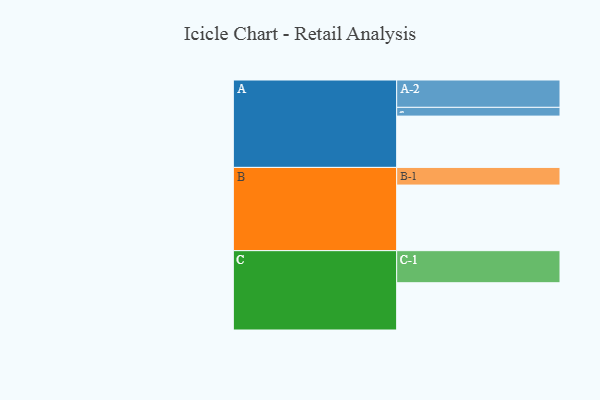
{"axis": {"x": "Segment", "y": "Value"}, "legend": ["", "A", "B", "C"], "data": [{"x": "A", "y": 381, "type": ""}, {"x": "B", "y": 487, "type": ""}, {"x": "C", "y": 351, "type": ""}, {"x": "A-1", "y": 65, "type": "A"}, {"x": "A-2", "y": 203, "type": "A"}, {"x": "B-1", "y": 131, "type": "B"}, {"x": "C-1", "y": 238, "type": "C"}]}